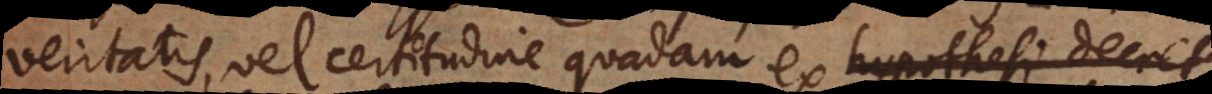
veritatis, vel certitudine quadam ex hypothesi decret